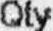
QTY